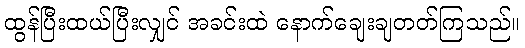
ထွန်ပြီးထယ်ပြီးလျှင် အခင်းထဲ နောက်ချေးချတတ်ကြသည်။